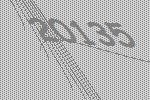
20135